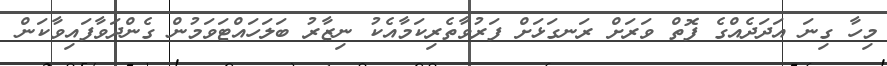
މިހާ ގިނަ އަދަދެއްގެ ފޮތް ވަރަށް ރަނގަޅަށް ފަރުވާތެރިކަމާއެކު ނިޒާރު ބަލަހައްޓަވަމުން ގެންދަވާފައިވާކަން